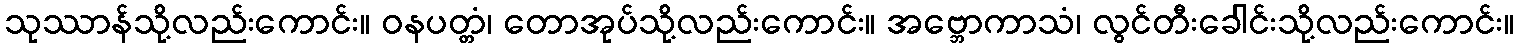
သုဿာန်သို့လည်းကောင်း။ ဝနပတ္တံ၊ တောအုပ်သို့လည်းကောင်း။ အဗ္ဘောကာသံ၊ လွင်တီးခေါင်းသို့လည်းကောင်း။